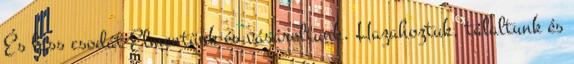
És láss csodát Elmentünk és vásároltunk. Hazahoztuk, tálaltunk és